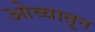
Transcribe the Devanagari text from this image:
ओव्यातून